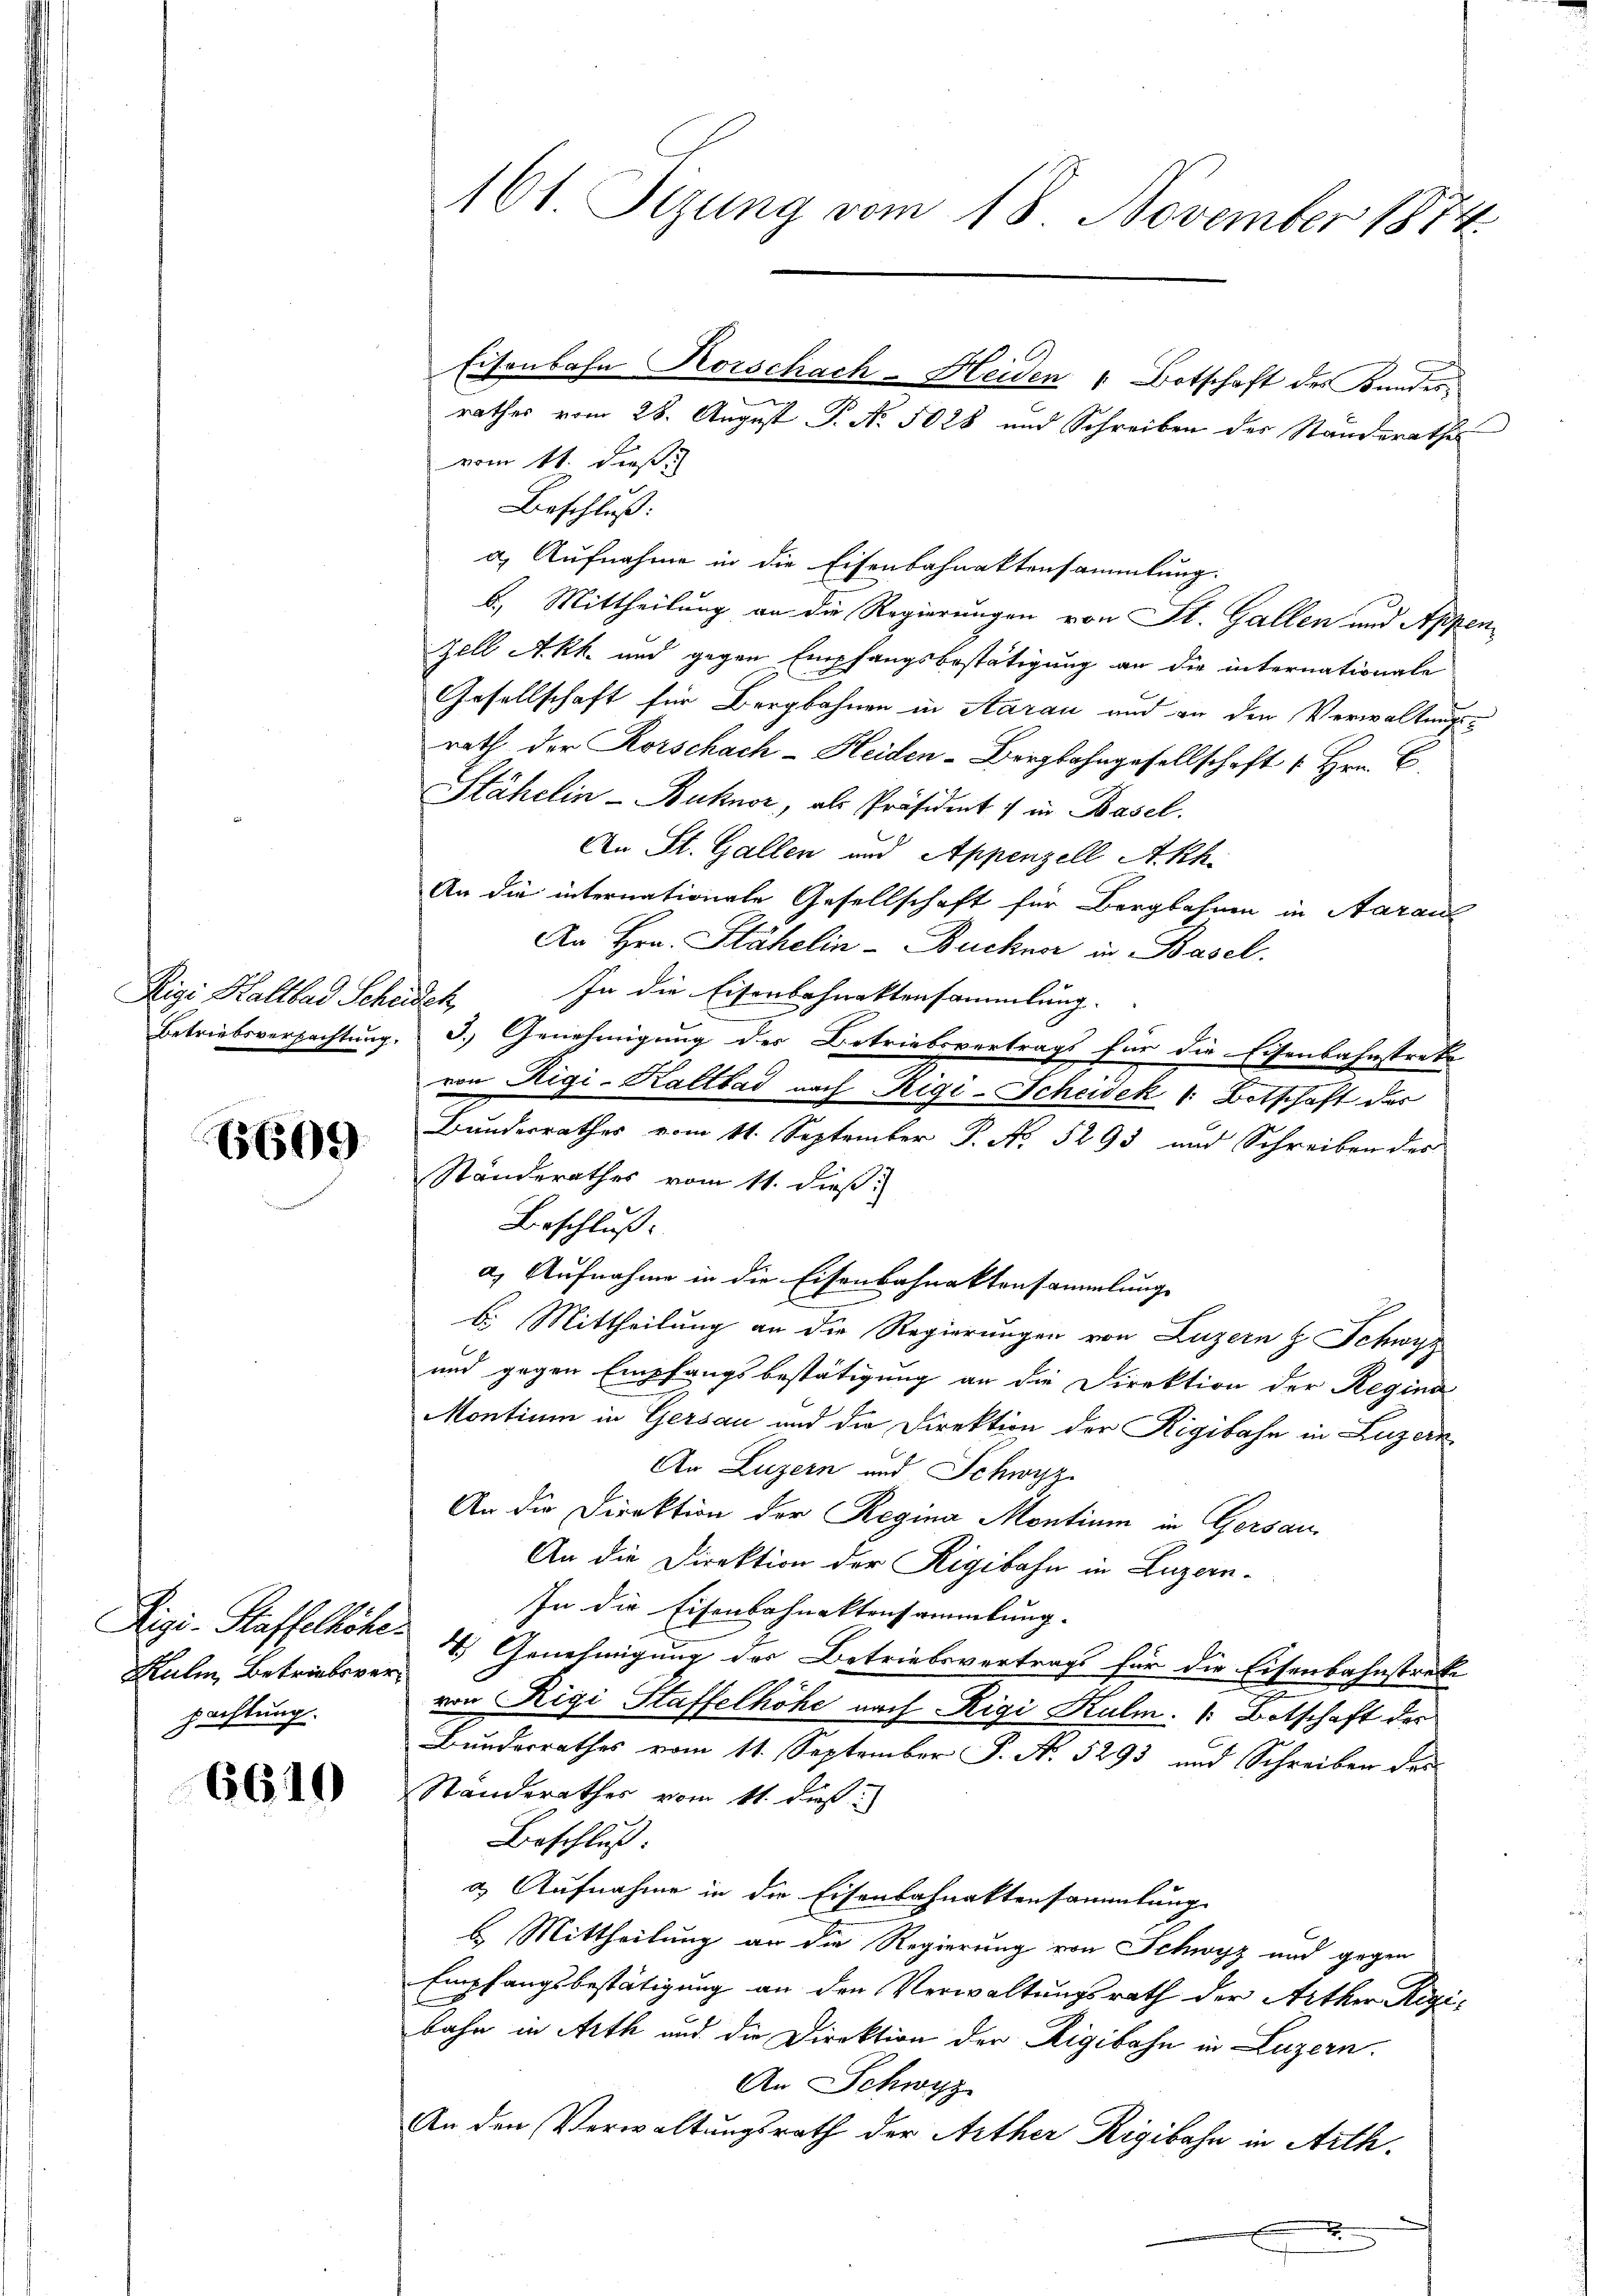
Rigi Haltbar Scheiden
Betriebsverfachtung.

6609

Kulm, Betriebsverpachtung.

6610

161. Sizung vom 18. November 1874

vom 11. dieß
Beschluß:
a) Aufnahme in die Eisenbahnaktensammlung.
b.) Mittheilung an die Regierungen von St. Gallen und Appe
Zell Akk. und gegen Empfangsbestätigung an die internationale
Gesellschaft für Bergbahnen in Aarau und an den Verwaltungsrath der Korschach-Heiden-Bergbahngesellschaft 1 Hrn. B.
Stähelin-Buknor, als Präsident in Basel.
An St. Gallen und Appenzell Akh.
An die internationale Gesellschaft für Bergbahnen in Aarau
An Hrn. Stähelin-Buckner in Basel.
In die Eisenbahnaktensammlung.
3.) Genehmigung der Betriebsvertrags für die Eisenbahnstreke
von Rigi-Kaltbad nach Rigi-Scheidek 1 Botschaft der
Bundesrathes vom 11. September P. No. 5293 und Schreiben des
Standerathes vom 11. dieß:
Beschluß.
a) Aufnahme in die Eisenbahnaktensammlung
b. Mittheilung an die Regierungen von Luzern H. Schwyz
und gegen Empfangsbestätigung an die Direktion der Regina
Montium in Gersau und die Direktion der Rigibahn in Luzern
An Luzern und Schwyz
An die Direktion der Regina Montium in Gersau
An die Direktion der Rigibahn in Luzern¬
In die Eisenbahnaktensammlung.
Rigi-Staffelkohe 4 Genehmigung der Betriebesvertragt für die Eisenbahnstruk
von Rigi Staffelhöhe nach Rigi Kulm Botschaft der
Bundesrathes vom 11. September P. No. 5293 und Schreiben des
Ständerathes vom 11. dieß:
Beschluß:
& Aufnahme in die Eisenbahnaktensammlung
b. Mittheilung an die Regierung von Schwyz und gegen
Empfangsbestätigung an den Verwaltungsrath der Arther Regibahn in Arth und die Direktion der Rigibahn in Luzern.
An Schwyz
An den Verwaltungsrath der Arther Rigibahn in Arth.

Eisenbahn Korschach-Heiden " Botschaft des Kundes¬

rathes vom 28. August P. No. 5028 und Schreiben der Ständerathes

¬